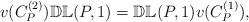
LaTeX: \begin{align*}v(C_P^{(2)})\mathbb{DL}(P,1)=\mathbb{DL}(P,1) v(C_P^{(1)}),\end{align*}